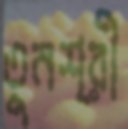
তুনশ্রী